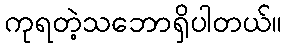
ကုရတဲ့သဘောရှိပါတယ်။